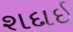
શદાઇ